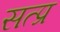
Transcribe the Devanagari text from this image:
सत्प्र